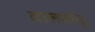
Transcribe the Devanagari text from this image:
वालकोट्ट